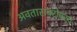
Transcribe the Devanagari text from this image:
अवताराबरोबरच